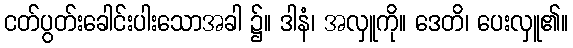
ငတ်ပွတ်းခေါင်းပါးသောအခါ ၌။ ဒါနံ၊ အလှူကို။ ဒေတိ၊ ပေးလှူ၏။